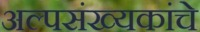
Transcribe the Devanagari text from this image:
अल्पसंख्यकांचे